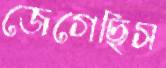
জেগেছিস